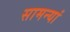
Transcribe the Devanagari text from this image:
सामन्यां